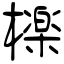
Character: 檪